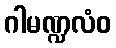
ဂါမဏ္ဍလံဝ